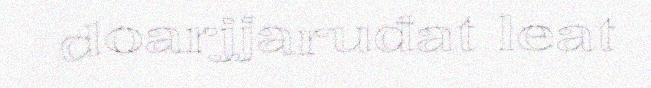
doarjjaruđat leat